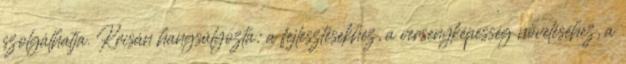
szolgálhatja. Krisán hangsúlyozta: a fejlesztésekhez, a versenyképesség növeléséhez, a